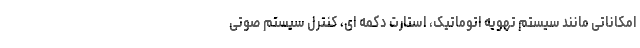
امکاناتی مانند سیستم تهویه اتوماتیک، استارت دکمه ای، کنترل سیستم صوتی